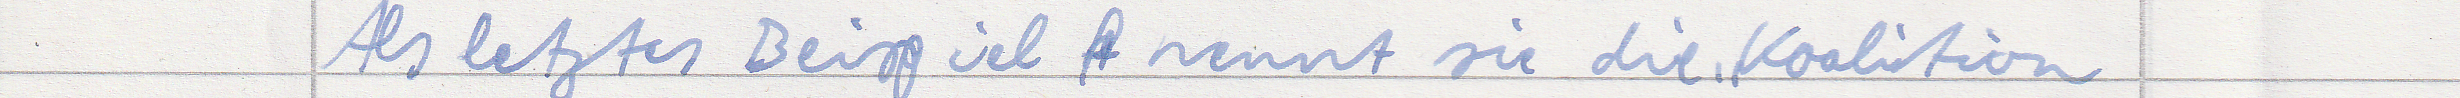
Als letztes Beispiel nennt sie die, Koalition